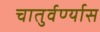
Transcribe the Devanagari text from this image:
चातुर्वर्ण्यास